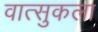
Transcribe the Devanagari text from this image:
वात्सुकला